38_143685_box_Incident_Summaries_101-172
Agency: Department of War
Page 173
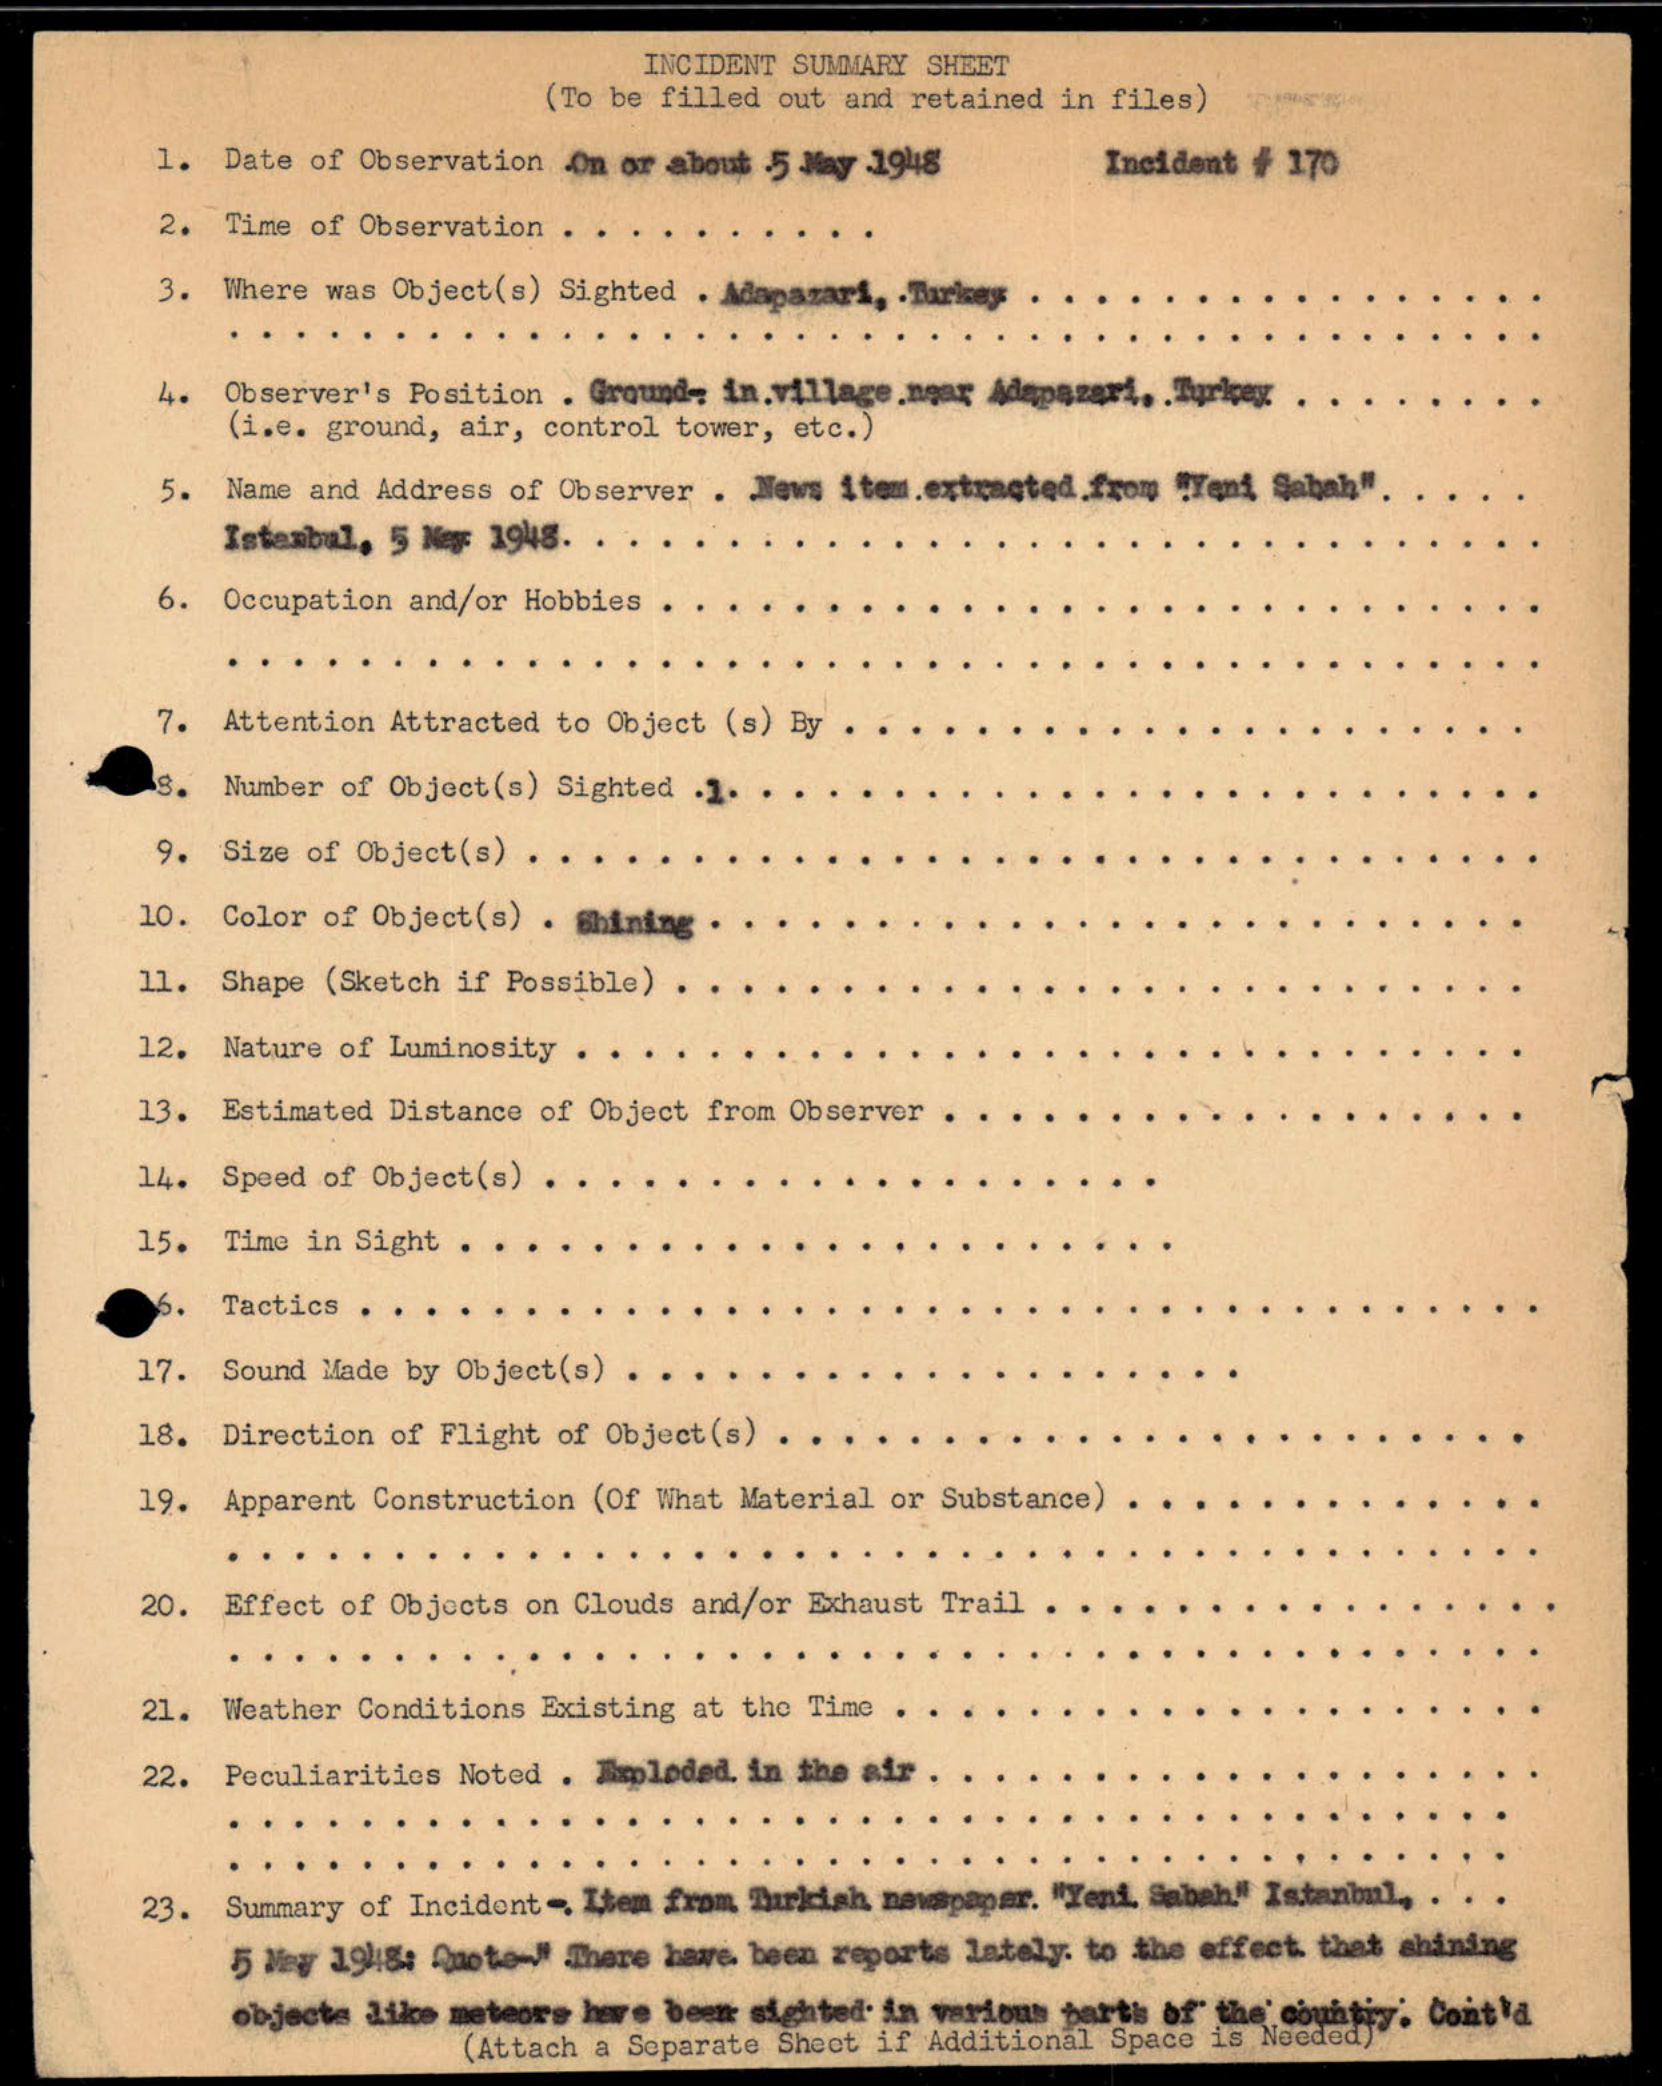